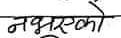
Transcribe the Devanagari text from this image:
नभएको